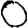
Digit: 0